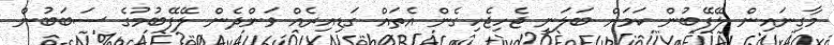
މާގިނައިން ލޭފޭބުން ކަމަށް ބަލަނީ ޖެހިޖެހިގެން އެތައް ގަޑިއިރެއް ވަންދެން ލޭފޭބުމުގެ ސަބަބުން